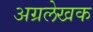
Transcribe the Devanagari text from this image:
अग्रलेखक